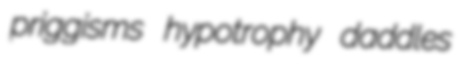
priggisms hypotrophy daddles